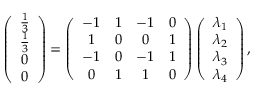
\left( \begin{array} { c } { \frac { 1 } { 3 } } \\ { \frac { 1 } { 3 } } \\ { 0 } \\ { 0 } \end{array} \right) = \left( \begin{array} { c c c c } { - 1 } & { 1 } & { - 1 } & { 0 } \\ { 1 } & { 0 } & { 0 } & { 1 } \\ { - 1 } & { 0 } & { - 1 } & { 1 } \\ { 0 } & { 1 } & { 1 } & { 0 } \end{array} \right) \left( \begin{array} { c } { \lambda _ { 1 } } \\ { \lambda _ { 2 } } \\ { \lambda _ { 3 } } \\ { \lambda _ { 4 } } \end{array} \right) ,